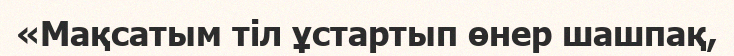
«Мақсатым тіл ұстартып өнер шашпақ,